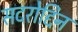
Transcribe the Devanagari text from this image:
सदरोद्दिन